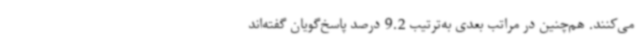
می‌کنند. هم‌چنین در مراتب بعدی به‌ترتیب 9.2 درصد پاسخ‌گویان گفته‌اند